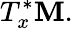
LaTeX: T_{x}^{*}\mathbf{M}.